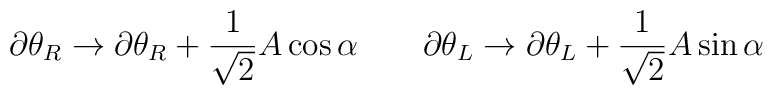
\partial \theta_R \rightarrow \partial \theta_R + \frac{1}{\sqrt{2}} A \cos \alpha \;\;\;\;\;\;\; \partial \theta_L \rightarrow \partial \theta_L + \frac{1}{\sqrt{2}} A \sin \alpha